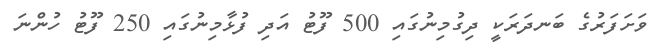
ވަށަފަރުގެ ބަނދަރަކީ ދިގުމިނުގައި 500 ފޫޓު އަދި ފުޅާމިނުގައި 250 ފޫޓު ހުންނަ